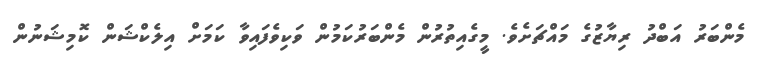
މެންބަރު އަބްދު ރިޔާޒުގެ މައްޗަށެވެ. މީގެއިތުރުން މެންބަރުކަމުން ވަކިވެފައިވާ ކަމަށް އިލެކްޝަން ކޮމިޝަނުން